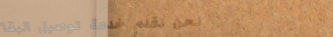
نحن نقدم خدمة توصيل البقا